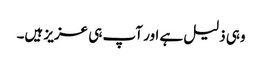
وہی ذلیل ہے اور آپ ہی عزیز ہیں۔